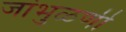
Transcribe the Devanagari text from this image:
जांभुळणी